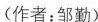
(作者：邹勤)